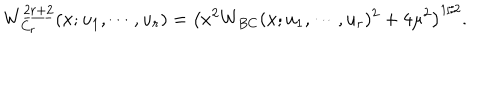
W _ { C _ { r } } ^ { \underline { { { 2 r + 2 } } } } ( x ; u _ { 1 } , \cdots , u _ { r } ) = \left( x ^ { 2 } W _ { B C } ( x ; u _ { 1 } , \cdots , u _ { r } ) ^ { 2 } + 4 \mu ^ { 2 } \right) ^ { 1 / 2 } .